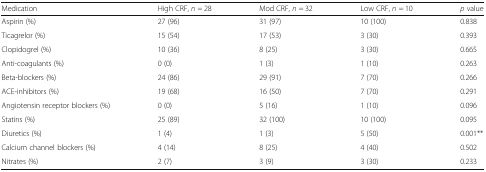
| Medication | High CRF, n = 28 | Mod CRF, n = 32 | Low CRF, n = 10 | p value |
 | --- | --- | --- | --- | --- |
 | Aspirin (%) | 27 (96) | 31 (97) | 10 (100) | 0.838 |
 | Ticagrelor (%) | 15 (54) | 17 (53) | 3 (30) | 0.393 |
 | Clopidogrel (%) | 10 (36) | 8 (25) | 3 (30) | 0.665 |
 | Anti-coagulants (%) | 0 (0) | 1 (3) | 1 (10) | 0.263 |
 | Beta-blockers (%) | 24 (86) | 29 (91) | 7 (70) | 0.266 |
 | ACE-inhibitors (%) | 19 (68) | 16 (50) | 7 (70) | 0.291 |
 | Angiotensin receptor blockers (%) | 0 (0) | 5 (16) | 1 (10) | 0.096 |
 | Statins (%) | 25 (89) | 32 (100) | 10 (100) | 0.095 |
 | Diuretics (%) | 1 (4) | 1 (3) | 5 (50) | 0.001** |
 | Calcium channel blockers (%) | 4 (14) | 8 (25) | 4 (40) | 0.502 |
 | Nitrates (%) | 2 (7) | 3 (9) | 3 (30) | 0.233 |